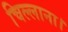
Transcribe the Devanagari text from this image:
चिल्लाना।